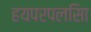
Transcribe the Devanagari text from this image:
हयपरपलसिा